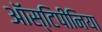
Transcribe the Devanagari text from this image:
ऑस्टिपीनिया